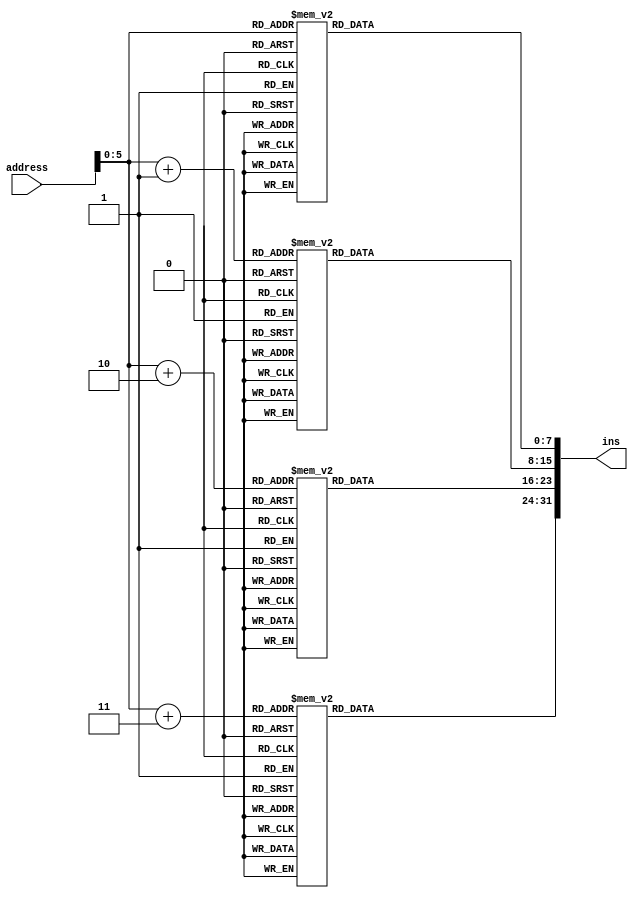
module programMem(
    input wire[31:0] address,
    output reg[31:0] ins
);

reg[7:0] ROM[0:47];

always @(*) begin   //little endian
    ROM[0] = 8'h93; //lsb
    ROM[1] = 8'h02; 
    ROM[2] = 8'h00;  
    ROM[3] = 8'h00; //msb1
    ROM[4] = 8'h13;//lsb  
    ROM[5] = 8'h03; 
    ROM[6] = 8'h00; 
    ROM[7] = 8'h00; //msb2
    ROM[8] = 8'h93;//lsb  
    ROM[9] = 8'h03; 
    ROM[10] = 8'h10; 
    ROM[11] = 8'h00;//msb3 
    ROM[12] = 8'h13;//lsb 
    ROM[13] = 8'h0E; 
    ROM[14] = 8'hE0;  
    ROM[15] = 8'h00;//msb4
    ROM[16] = 8'h93; //lsb
    ROM[17] = 8'h0F; 
    ROM[18] = 8'h00;  
    ROM[19] = 8'h00; //msb5
    ROM[20] = 8'h93;  //lsb
    ROM[21] = 8'h0E; 
    ROM[22] = 8'h03; 
    ROM[23] = 8'h00; //msb6
    ROM[24] = 8'h33;  //lsb
    ROM[25] = 8'h03; 
    ROM[26] = 8'h73; 
    ROM[27] = 8'h00; //msb7
    ROM[28] = 8'h93; //lsb
    ROM[29] = 8'h83; 
    ROM[30] = 8'h0E; 
    ROM[31] = 8'h00; //msb8
    ROM[32] = 8'h93; //LSB
    ROM[33] = 8'h0F; 
    ROM[34] = 8'h03; 
    ROM[35] = 8'h00; //MSB9
    ROM[36] = 8'h93; //LSB
    ROM[37] = 8'h82; 
    ROM[38] = 8'h12;  
    ROM[39] = 8'h00; //MSB10
    ROM[40] = 8'hE3; //LSB
    ROM[41] = 8'hC6; 
    ROM[42] = 8'hC2; 
    ROM[43] = 8'hFF; //MSB10
    ROM[44] = 8'h6F; //LSB
    ROM[45] = 8'hF0; 
    ROM[46] = 8'h5F; 
    ROM[47] = 8'hFD; //MSB11

    ins = {ROM[address +3], ROM[address + 2], ROM[address + 1], ROM[address]};
end

endmodule
/* Purely combination continous circuit with hardcoded program.
Since its byte accessible, the address always corresponds to the location of the least
significant byte , hence the insturction (32bit) contains the least significant byte (present 
at the address location) and the next 3 bytes. */